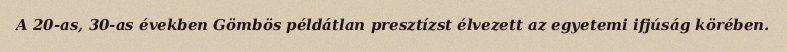
A 20-as, 30-as években Gömbös példátlan presztízst élvezett az egyetemi ifjúság körében.